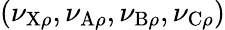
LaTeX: (\nu_{\mathrm{X}\rho},\nu_{\mathrm{A}\rho},\nu_{\mathrm{B}\rho},\nu_{\mathrm{C}\rho})